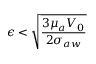
{ \epsilon } < \sqrt { \frac { 3 { \mu } _ { a } V _ { 0 } } { 2 { \sigma } _ { a w } } }